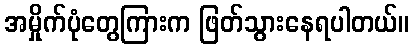
အမှိုက်ပုံတွေကြားက ဖြတ်သွားနေရပါတယ်။